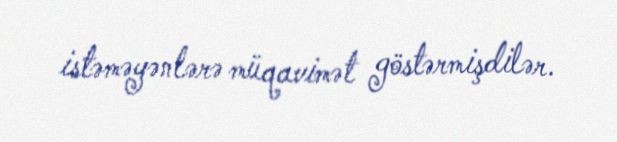
istəməyənlərə müqavimət göstərmişdilər.